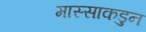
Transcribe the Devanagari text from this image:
मास्साकडुन